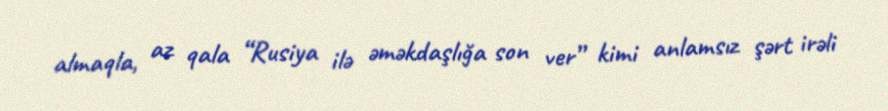
almaqla, az qala “Rusiya ilə əməkdaşlığa son ver” kimi anlamsız şərt irəli